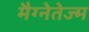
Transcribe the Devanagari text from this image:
मैग्नेतेज्म